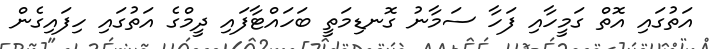
އަތުގައި އޮތް ގަމީހާއި ފަހާ ސަމާނު ގޮނޑިމަތީ ބަހައްޓާފައި ދީމްގެ އަތުގައި ހިފައިގެން